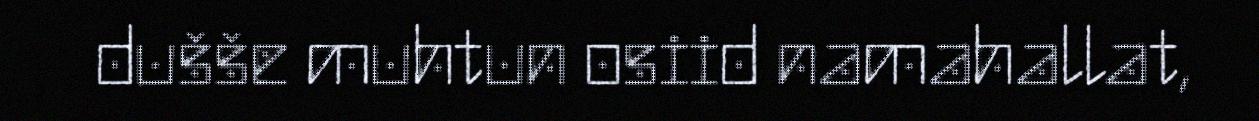
dušše muhtun osiid namahallat,